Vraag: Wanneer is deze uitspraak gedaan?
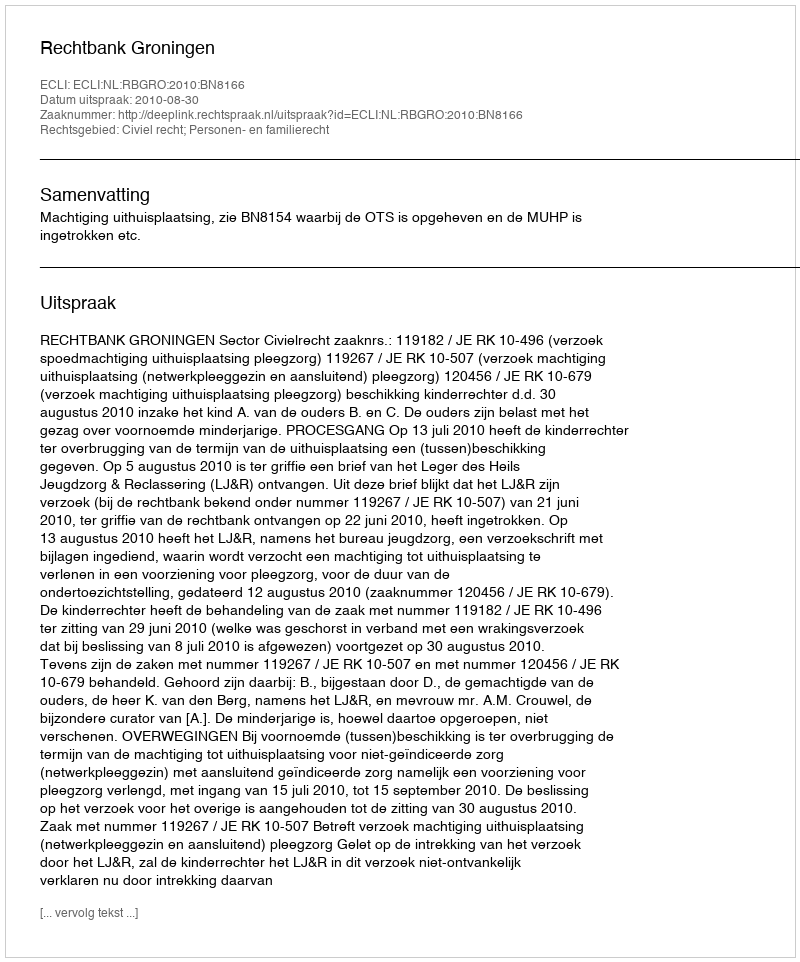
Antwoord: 2010-08-30